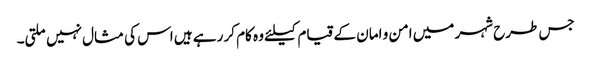
جس طرح شہر میں امن و امان کے قیام کیلئے وہ کام کر رہے ہیں اس کی مثال نہیں ملتی۔